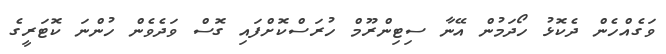
ވަގެއްހެން ދެކޮޅު ހޯދަމުން އޭނާ ސިޓިންރޫމް ހުރަސްކޮށްފައި ގޮސް ވަދެވެން ހުންނަ ކޮޓަރީގެ